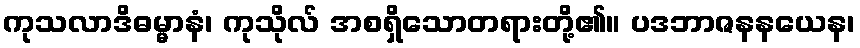
ကုသလာဒိဓမ္မာနံ၊ ကုသိုလ် အစရှိသောတရားတို့၏။ ပဒဘာဇနနယေန၊